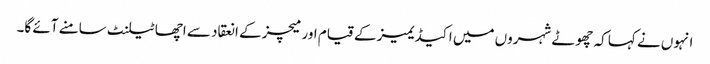
انہوں نے کہا کہ چھوٹے شہروں میں اکیڈیمیز کے قیام اور میچز کے انعقاد سے اچھا ٹیلنٹ سامنے آئے گا۔